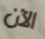
الآن